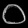
Digit: ၀